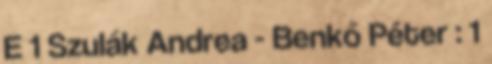
E 1 Szulák Andrea - Benkő Péter : 1